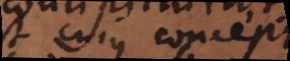
est cuius conceptus